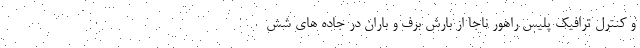
و کنترل ترافیک پلیس راهور ناجا از بارش برف و باران در جاده های شش